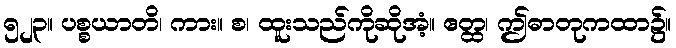
၅၂၃။ ပစ္စယာတိ၊ ကား။ စ၊ ထူးသည်ကိုဆိုအံ့။ ဧတ္ထ၊ ဤဓာတုကထာ၌။